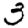
Digit: 3